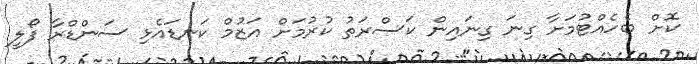
ކޮށް ބެހެއްޓުމަށާ ގިނަ ގިނައިން ކަސްރަތު ކުރުމަށް އަޒުމް ކަނޑައެޅި ސަންޑްރާ ފޯލީ